Medical and sanitary report of the native army of Madras for the year
Year: 1872
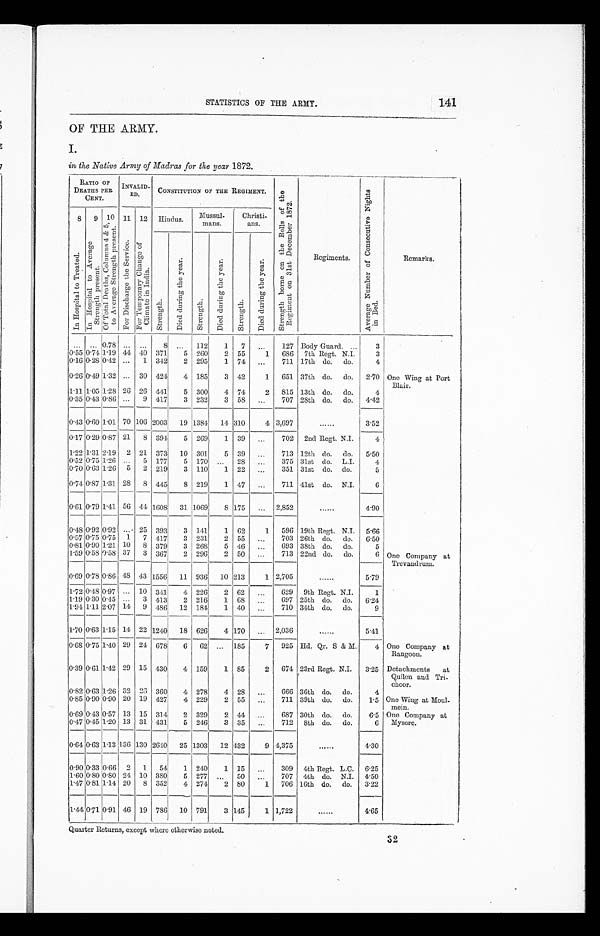
STATISTICS OF THE ARMY.
141
OF THE ARMY.
I.
in the Native Army of Madras for the year 1872.
RATIO OF
DEATHS PER
CENT.
INVALID-
ED.
CONSTITUTION OF THE REGIMENT.
S t r e n g t h b o r n e o n t h e R o o l s o f t h e R e g i m e n t o n 3 1 s t D e c e m b e r 1 8 7 2 .
Regiments.
A v e r a g e N u m b e r o f C o n s e c u t i v e N i g h t s i n B e d . .
Remarks.
8
I n H o s p i t a l t o T r e a t e d .
9
I n H o s p i t a l t o A v e r a g e S t r e n g t h p r e s e n t .
10
Of Total
De a t h s , Co l u mn s 4 &5 , t o Av e r a g e S t r e n g t h p r e s e n t .
11
F o r D i s c h a r g e t h e S e r v i c e . 12
F o r T o m p o r a r y C h a n g e o f C l i m a t e i n I n d i a .
Hindus.
Mussul-
mans.
Christi-
ans.
S t r e n g t h .
D i e d d u r i n g t h e y e a r .
S t r e n g t h .
D i e d d u r i n g t h e y e a r .
S t r e n g t h .
D i e d d u r i n g t h e y e a r .
. . .
. . . 0.78
. . .
. . .
8
. . . 112
1
7
. . .
127 Body Guard.
3
One Wing at Port
Blair.
0.55
0 . 7 4
1 . 1 9
4 4 40
3 7 1
5 260
2 55
1
6S6
7th Rcgt. N.I.
3
0.16 0.28 0.42
. . .
1 342
2 295
1 74
. . .
711 17th do. do.
4
0.26 0.49 1.32
. . . 30 424
4 185
3 42
1
651 37th do. do.
2.70
1.11 1.05 1.28 26 26 441
5 300
4 74
2
815 13th do. do.
4
0.35 0.43 0.86
. . .
9 417
3 232
3 58
. . .
707 28th do. do.
4.42
0.43 0.60 1.01 70 106 2003
19 1384
14 310
4 3,697
. . . . . .
3.52
0.17 0.29 0.87 21
8 394
5 269
1 39
. . .
702
2nd Regt. N.I.
4
1.22 1.31 2.19
2 21 373
10 301
5 39
. . .
713 12th do. do.
5.50
0.52 0.75 1.26
. . . 5 177
5 170
. . . 28
. . .
375 31st do. L.I.
4
0.70 0.63 1.26
5
2 219
3 110
1 22
. . .
351 31st do. do.
5
0.74 0.87 1.31
2 8
S 445
8 219
1 47
. . .
711 41st do. N.I.
6
0.61 0.79 1.41 56 14 1608
31 1069
8 175
. . . 2,852
. . . . . .
4.90
0.18 0.92 0.92
. . . 25 393
3 141
1 62
1
596 19th Regt. N.I. 5.66
One Company at
Trevandrum.
0.57 0.75 0.75 1
7 417
3 231
2 55
. . .
703 26th do. do.
6.50
0.81 0.90 1.21 10
8 379
3 268
5 46
. . .
693 38th do. do.
5
1.59 0.58 0.58 37
3 367
2 296
2 50
. . . 713 22nd do. do.
6
0.69 0.78 0.86 48 43 1556
11 936
10 213
1 2,705
. . . . . .
5.79
1.72 0.18 0.97
. . . 10 341
4 226
2 62
. . .
629
9th Regt. N.I.
1
1.19 0.30 0.15
. . .
3 413
2 216
1 68
. . .
697 25th do. do.
6.24
1.91 1.11 2.07 14
9 4S6
12 184
1 40
. . . 710 34th do. do.
9
1.70 0.63 1.15 14 22 1240
18 626
4 170
. . . 2,036
. . . . . .
5.41
0.6S 0.75 1.40 29 24 678
6
62
. . . 185
7
925 Hd. Qr. S & M. .
4 Ono Company at
Rangoon.
0.39 0.61 1.42 29 15 430
4 159
1 85
2
674 23rd Rcgt. N.I.
3.25 Detachments
at
Quilon and Tri
-
choor.
0.82 0.63 1.26 32 23 360
4 278
4 28
. . .
666 36th do. do.
4
Ono Wing at Moul-
mein.
0.85 0.90 0.90 20 19 427
4 229
2 55
. . .
711 39th do. do.
1.5
0.69 0.13 0.57 13 15 314
2 329
2 44
. . . 687 30th do. do.
6.5 Ono Company at
Mysore.
0 . 4 7
0.45
1 . 2 0 13 31 431
5 246
3 35
. . .
712
8th do. do.
6
0 . 6 4
0.63 1.13 136 130 2610
25 1303
1.2 432
9 4,375
. . . . . .
4.30
0.90 0.33 0.66 2
1
54
1 240
1 15
. . .
309
4th Regt. L.C. 6.25
1.60 0.80 0.80 24 10 380
5 277
. . .
50
. . .
707
4th do. N.I. 4.50
1.47 0.81 1.14 20
8 352
4 271
2 80
1
706 16th do. do.
3.22
1.44 0.71 0.91 46 19 786
10 791
3 145
1 1,722
. . . . . .
4.65
Quarter Returns, except where otherwise noted.